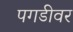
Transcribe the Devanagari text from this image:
पगडीवर